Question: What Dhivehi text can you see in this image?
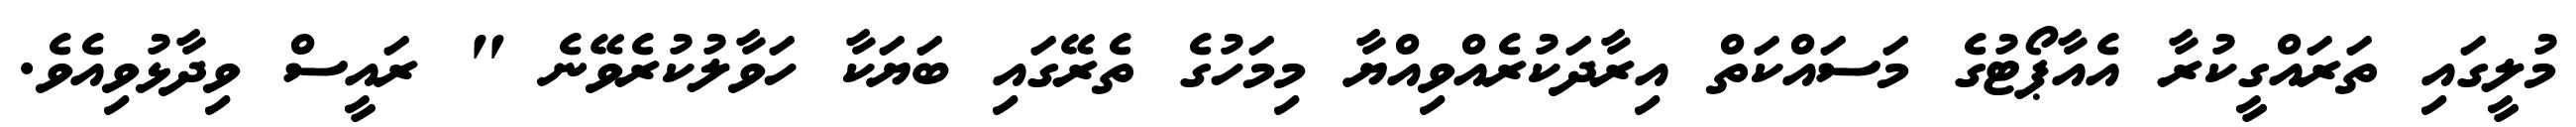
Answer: މުލީގައި ތަރައްގީކުރާ އެއާޕޯޓުގެ މަސައްކަތް އިރާދަކުރެއްވިއްޔާ މިމަހުގެ ތެރޭގައި ބަޔަކާ ހަވާލުކުރެވޭނެ " ރައީސް ވިދާޅުވިއެވެ.